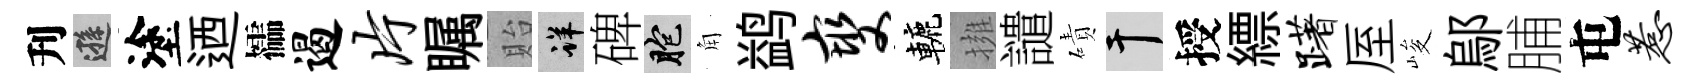
刋遜塗迺櫺遏片瞩貽详碑胞角鹢燮轆擁譴磧干授縹躇厔峻鄔脯屯惹